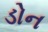
ડોન